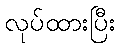
လုပ်ထားပြီး